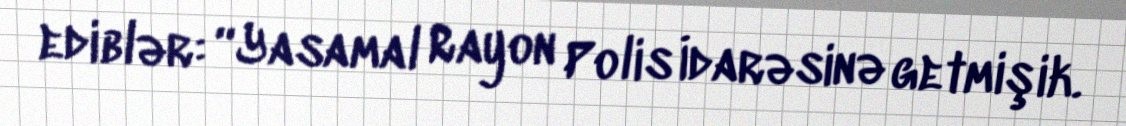
ediblər: “Yasamal Rayon Polis İdarəsinə getmişik.